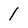
Character: 1